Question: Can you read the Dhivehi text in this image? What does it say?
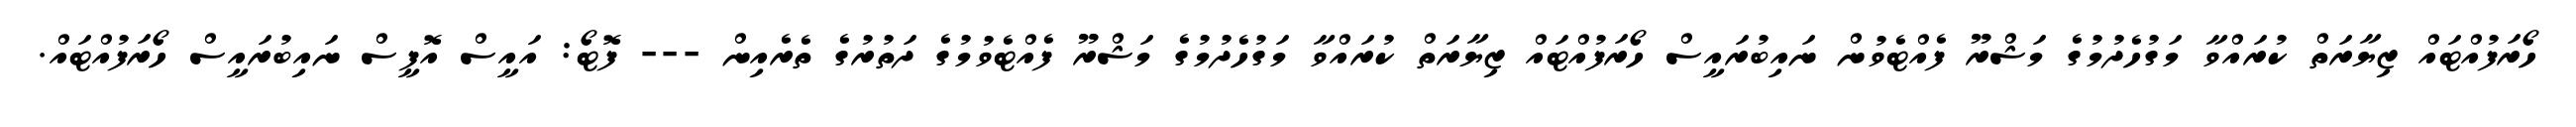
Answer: ހޯރަފުއްޓައް ޒިޔާރަތް ކުރައްވާ މަގުހެދުމުގެ މަޝްރޫ ފެއްޓެވުން ނައިބުރައީސް ހޯރަފުއްޓައް ޒިޔާރަތް ކުރައްވާ މަގުހެދުމުގެ މަޝްރޫ ފެއްޓެވުމުގެ ދަތުރުގެ ތެރެއިން --- ފޮޓޯ: އައީސް އޮފީސް ނައިބުރައީސް ހޯރަފުއްޓައް.